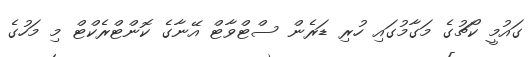
ގައުމީ ކޯޗުގެ މަގާމުގައި ހުރި ޑަރެން ސްޓްވާޓް އޭނާގެ ކޮންޓްރެކްޓް މި މަހުގެ